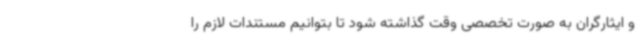
و ایثارگران به صورت تخصصی وقت گذاشته شود تا بتوانیم مستندات لازم را